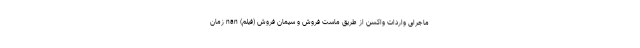
ماجرای واردات واکسن از طریق ماست فروش و سیمان فروش (فیلم) nan زمان